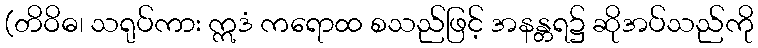
(တိဝိဓ၊ သရုပ်ကား ဣဒံ ကရောထ စသည်ဖြင့် အနန္တရ၌ ဆိုအပ်သည်ကို